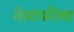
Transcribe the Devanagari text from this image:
वेस्टफील्ड